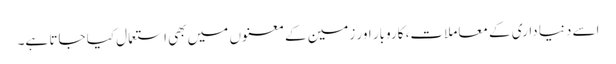
اسے دنیا داری کے معاملات، کاروبار اور زمین کے معنوں میں بھی استعمال کیا جاتا ہے۔